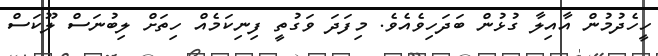
ހީހެދުމުން އާއިލާ ގުޅުން ބަދަހިވެއެވެ. މިފަދަ ވަގުތީ ފިނިކަމެއް ހިތަށް ލިބުނަސް ލޫކަސް